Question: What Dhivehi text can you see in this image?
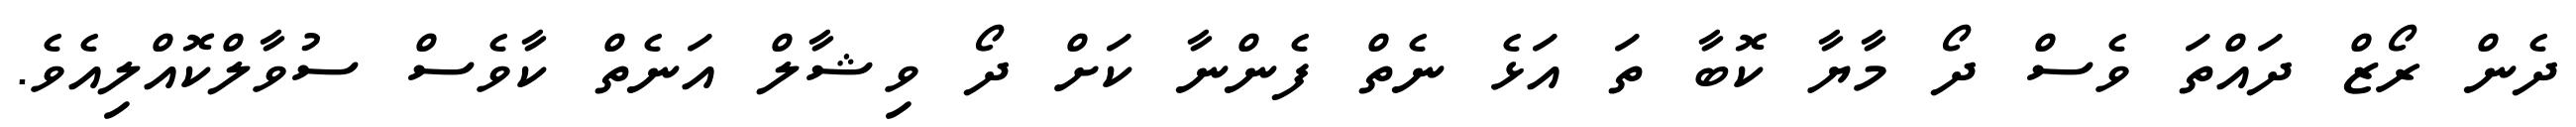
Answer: ދެން ރޯޒް ދައްތަ ވެސް ދޯ މާޔާ ކޮބާ ތަ އަޅެ ނެތް ފެންނާ ކަށް ދޯ ވިޝާލް އަނެތް ކާވެސް ސުވާލްކޮއްލިއެވެ.